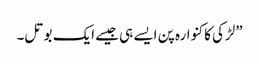
”لڑکی کا کنوارہ پن ایسے ہی جیسے ایک بوتل۔